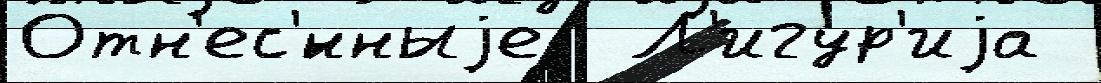
Отн'ес'́нныjе  Л'игур'иjа